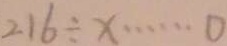
2 1 6 \div x \cdots 0